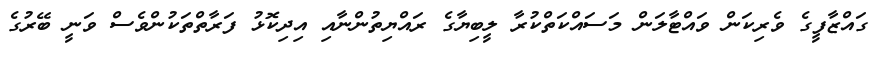
ގައްޒާފީގެ ވެރިކަން ވައްޓާލަން މަސައްކަތްކުރާ ލީބިޔާގެ ރައްޔިތުންނާއި އިދިކޮޅު ފަރާތްތަކުންވެސް ވަނީ ބޭރުގެ